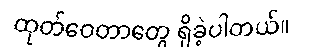
ထုတ်ဝေတာတွေ ရှိခဲ့ပါတယ်။